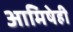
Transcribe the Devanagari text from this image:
आमिषेही